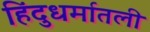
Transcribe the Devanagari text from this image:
हिंदुधर्मातली